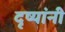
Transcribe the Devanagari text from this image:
दृष्यांनी